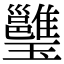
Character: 𤫔